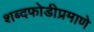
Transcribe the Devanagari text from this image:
शब्दफोडीप्रमाणे